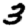
Digit: 3